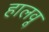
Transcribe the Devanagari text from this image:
हालवू